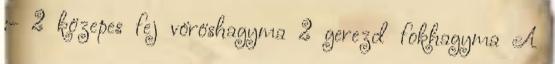
:- 2 közepes fej vöröshagyma 2 gerezd fokhagyma A